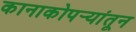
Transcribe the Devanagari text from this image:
कानाकोपर्‍यांतून